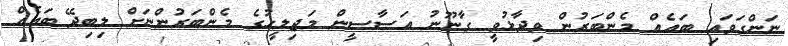
ނަންގަވައި ބައެއް މެންބަރުން ވިދާޅުވީ ގާނޫނު އަސާސީން މަޖިލީހުގެ މެންބަރުންނަށް ލިބިދޭ ބައެއް